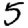
Digit: 5